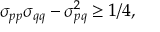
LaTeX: \sigma _ { p p } \sigma _ { q q } - \sigma _ { p q } ^ { 2 } \ge 1 / 4 ,